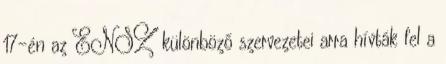
17-én az ENSZ különböző szervezetei arra hívták fel a